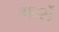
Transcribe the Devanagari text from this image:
गर्न्से